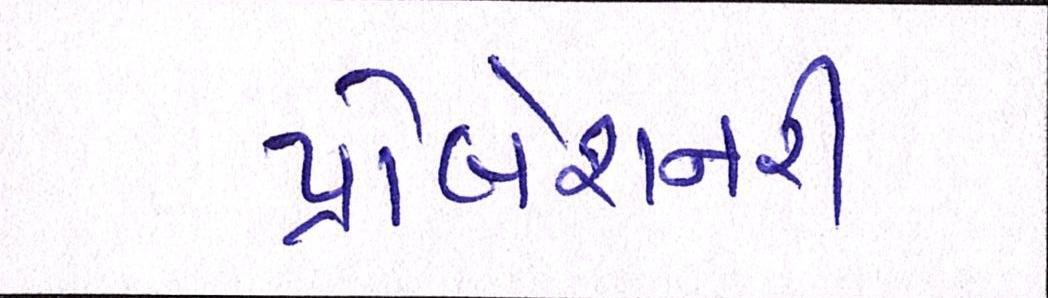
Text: પ્રોબેશનરી